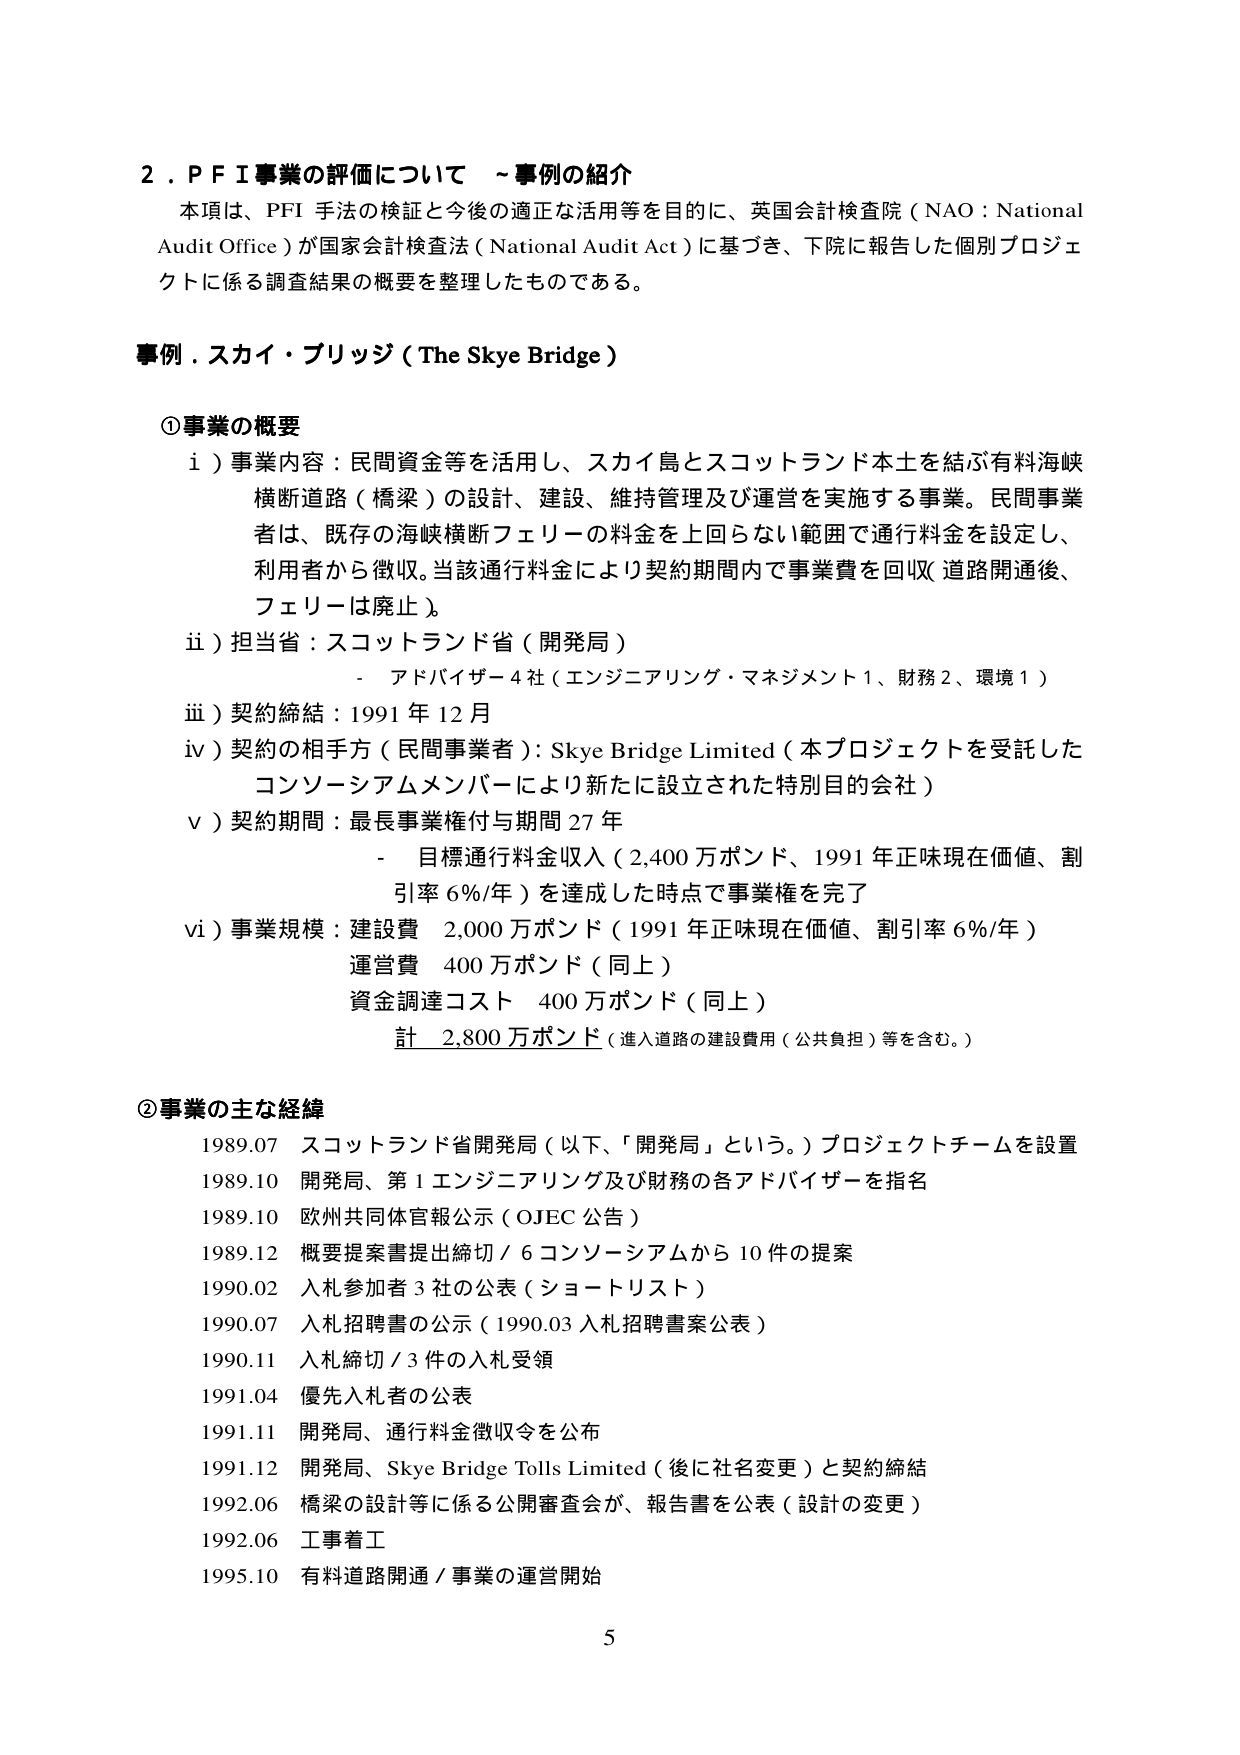
2．ＰＦＩ事業の評価について ～事例の紹介
本項は、PFI 手法の検証と今後の適正な活用等を目的に、英国会計検査院（NAO：National Audit Office）が国家会計検査法（National Audit Act）に基づき、下院に報告した個別プロジェクトに係る調査結果の概要を整理したものである。

事例．スカイ・ブリッジ（The Skye Bridge）

①事業の概要
ⅰ）事業内容：民間資金等を活用し、スカイ島とスコットランド本土を結ぶ有料海峡横断道路（橋梁）の設計、建設、維持管理及び運営を実施する事業。民間事業者は、既存の海峡横断フェリーの料金を上回らない範囲で通行料金を設定し、利用者から徴収。当該通行料金により契約期間内で事業費を回収（道路開通後、フェリーは廃止）。
ⅱ）担当省：スコットランド省（開発局）
　　　- アドバイザー4社（エンジニアリング・マネジメント1、財務2、環境1）
ⅲ）契約締結：1991年12月
ⅳ）契約の相手方（民間事業者）：Skye Bridge Limited（本プロジェクトを受託したコンソーシアムメンバーにより新たに設立された特別目的会社）
ⅴ）契約期間：最長事業権付与期間27年
　　　- 目標通行料金収入（2,400万ポンド、1991年正味現在価値、割引率6%/年）を達成した時点で事業権を完了
ⅵ）事業規模：建設費　2,000万ポンド（1991年正味現在価値、割引率6%/年）
　　　　　　　運営費　400万ポンド（同上）
　　　　　　　資金調達コスト　400万ポンド（同上）
　　　　　　　計　2,800万ポンド（進入道路の建設費用（公共負担）等を含む。）

②事業の主な経緯
1989.07　スコットランド省開発局（以下、「開発局」という。）プロジェクトチームを設置
1989.10　開発局、第1エンジニアリング及び財務の各アドバイザーを指名
1989.10　欧州共同体官報公示（OJEC公告）
1989.12　概要提案書提出締切／6コンソーシアムから10件の提案
1990.02　入札参加者3社の公表（ショートリスト）
1990.07　入札招聘書の公示（1990.03入札招聘書公表）
1990.11　入札締切／3件の入札受領
1991.04　優先入札者の公表
1991.11　開発局、通行料金徴収令を公布
1991.12　開発局、Skye Bridge Tolls Limited（後に社名変更）と契約締結
1992.06　橋梁の設計等に係る公開審査会が、報告書を公表（設計の変更）
1992.06　工事着工
1995.10　有料道路開通／事業の運営開始

5